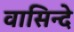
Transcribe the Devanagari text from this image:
वासिन्दे